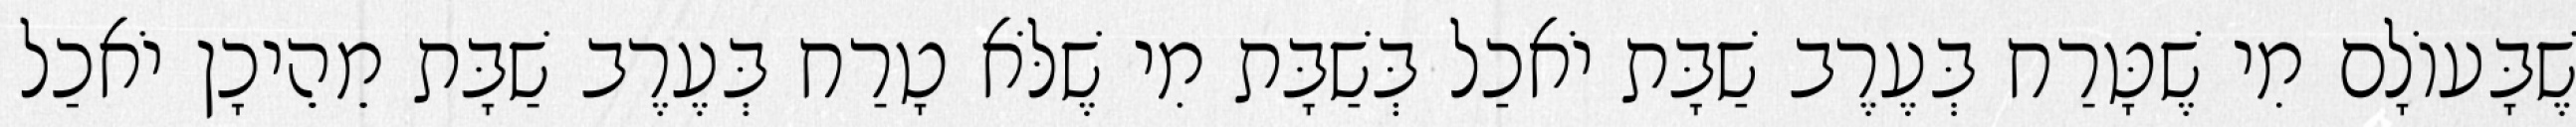
שֶׁבָּעוֹלָם מִי שֶׁטָּרַח בְּעֶרֶב שַׁבָּת יֹאכַל בְּשַׁבָּת מִי שֶׁלֹּא טָרַח בְּעֶרֶב שַׁבָּת מֵהֵיכָן יֹאכַל